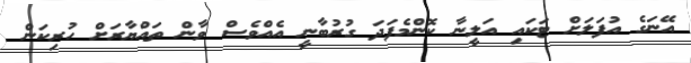
އޭނަގެ އުފަލަށް ޓަކައި އަލީނާ ކޮންމެފަދަ ގުރުބާނީ އެއްވެސް ވާން ތައްޔާރަށް ހުރިކަން